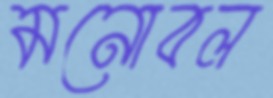
মনোবল